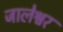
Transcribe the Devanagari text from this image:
जालेश्वर